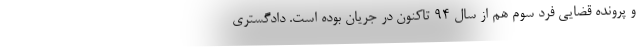
و پرونده قضایی فرد سوم هم از سال ۹۴ تاکنون در جریان بوده است. دادگستری